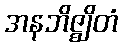
အနဘိဇ္ဈိတံ